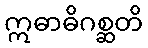
ဣဓာဓိဂစ္ဆတိ